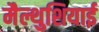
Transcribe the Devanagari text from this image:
मैल्थुशियाई